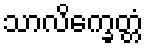
သာလိက္ခေတ္တံ